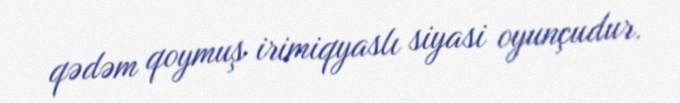
qədəm qoymuş irimiqyaslı siyasi oyunçudur.